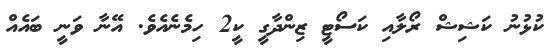
ކުޅުނު ކަޝިޝް ރޯލާއި ކަސޯޓީ ޒިންދާގީ ކީ2 ހިމެނެއެވެ. އޭނާ ވަނީ ބައެއް